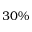
3 0 \%